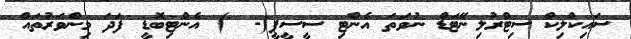
ސައިކްލިކް ސިޓްރުލިނޭޓަޑް ނުވަތަ އެންޓި ސީސީޕީ(-  ) އެންޓިބޮޑީ ފަދަ މިންވަރުތައް